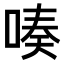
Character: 𠸫